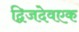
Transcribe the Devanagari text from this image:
द्विजदेवएक